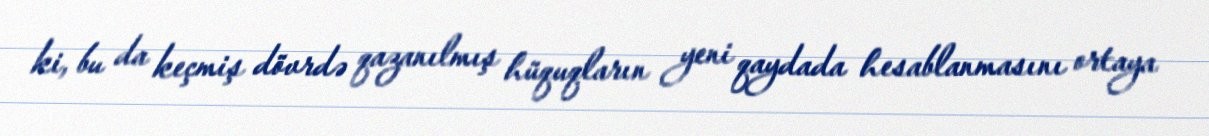
ki, bu da keçmiş dövrdə qazanılmış hüquqların yeni qaydada hesablanmasını ortaya